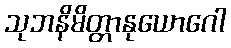
သုဘနိမိတ္တာနုယောဂေါ